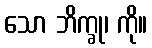
သော ဘိက္ခု၊ ကို။